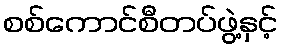
စစ်ကောင်စီတပ်ဖွဲ့နှင့်